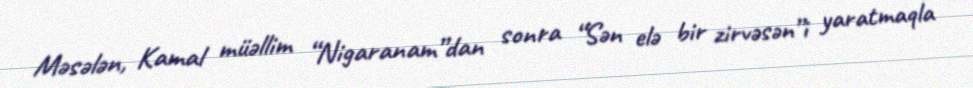
Məsələn, Kamal müəllim “Nigaranam”dan sonra “Sən elə bir zirvəsən”i yaratmaqla